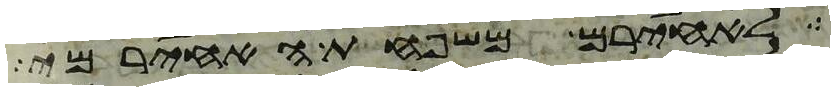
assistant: לאחירם משפחת האחירמי